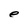
Character: e